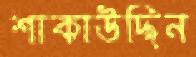
শাকাউদ্দিন